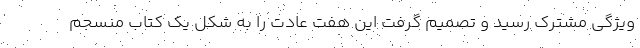
ویژگی مشترک رسید و تصمیم گرفت این هفت عادت را به شکل یک کتاب منسجم